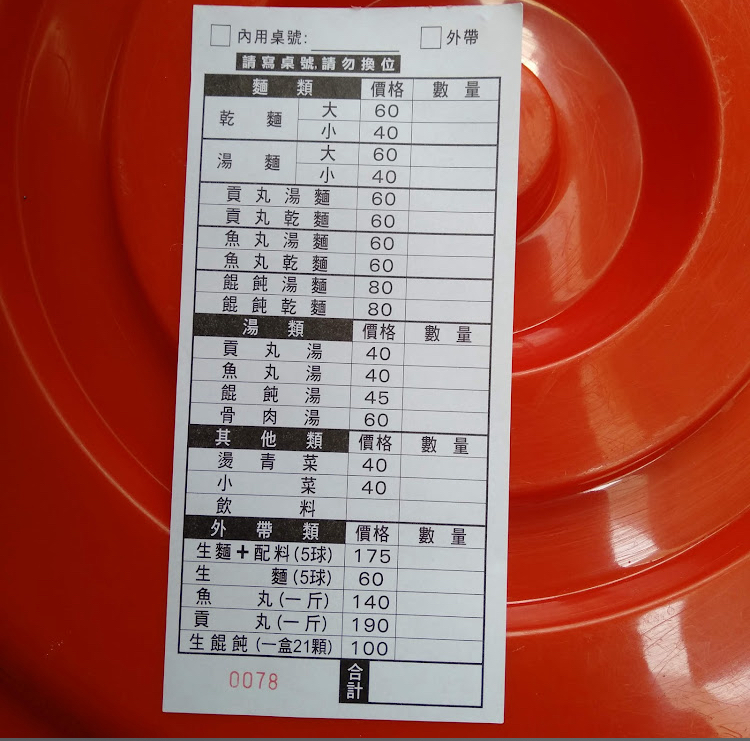
菜單：
name: 乾麵大
price: 60
name: 乾麵小
price: 40
name: 湯麵大
price: 60
name: 湯麵小
price: 40
name: 貢丸湯麵
price: 60
name: 貢丸乾麵
price: 60
name: 魚丸湯麵
price: 60
name: 魚丸乾麵
price: 60
name: 餛飩湯麵
price: 80
name: 餛飩乾麵
price: 80
name: 貢丸湯
price: 40
name: 魚丸湯
price: 40
name: 餛飩湯
price: 45
name: 骨肉湯
price: 60
name: 燙青菜
price: 40
name: 小菜
price: 40
name: 飲料
price: -1
name: 生麵+配料(5球)
price: 175
name: 生麵(5球)
price: 60
name: 魚丸(一斤)
price: 140
name: 貢丸(一斤)
price: 190
name: 生餛飩(一盒21顆)
price: 100